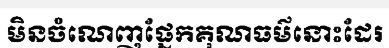
មិនចំណេញផ្នែកគុណធម៌នោះដែរ